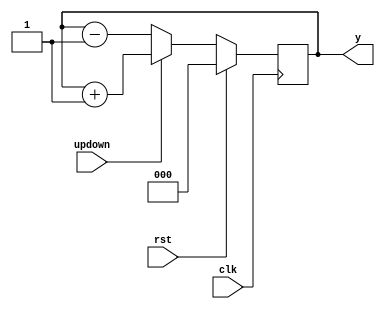
module Syn_updown(y,clk,rst,updown);

    output reg [2:0] y;
    input clk;
    input rst,updown;

    initial begin
        y=3'b000;
    end

    always @(posedge clk) begin
        
        if(rst)
          y=3'b0;

        else
          begin

            if(updown)
              y = y+1;

            else
              y = y-1;
          end
    end

endmodule